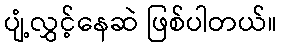
ပျံ့လွှင့်နေဆဲ ဖြစ်ပါတယ်။